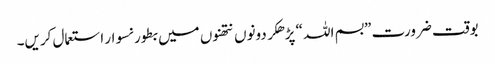
بوقت ضرورت ”بسم اللہ “ پڑھکر دونوں نتھنوں میں بطور نسوار استعمال کریں۔